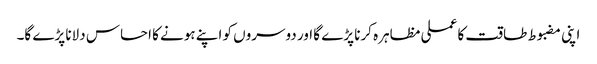
اپنی مضبوط طاقت کا عملی مظاہرہ کرنا پڑے گا اور دوسروں کو اپنے ہونے کا احساس دلانا پڑے گا۔